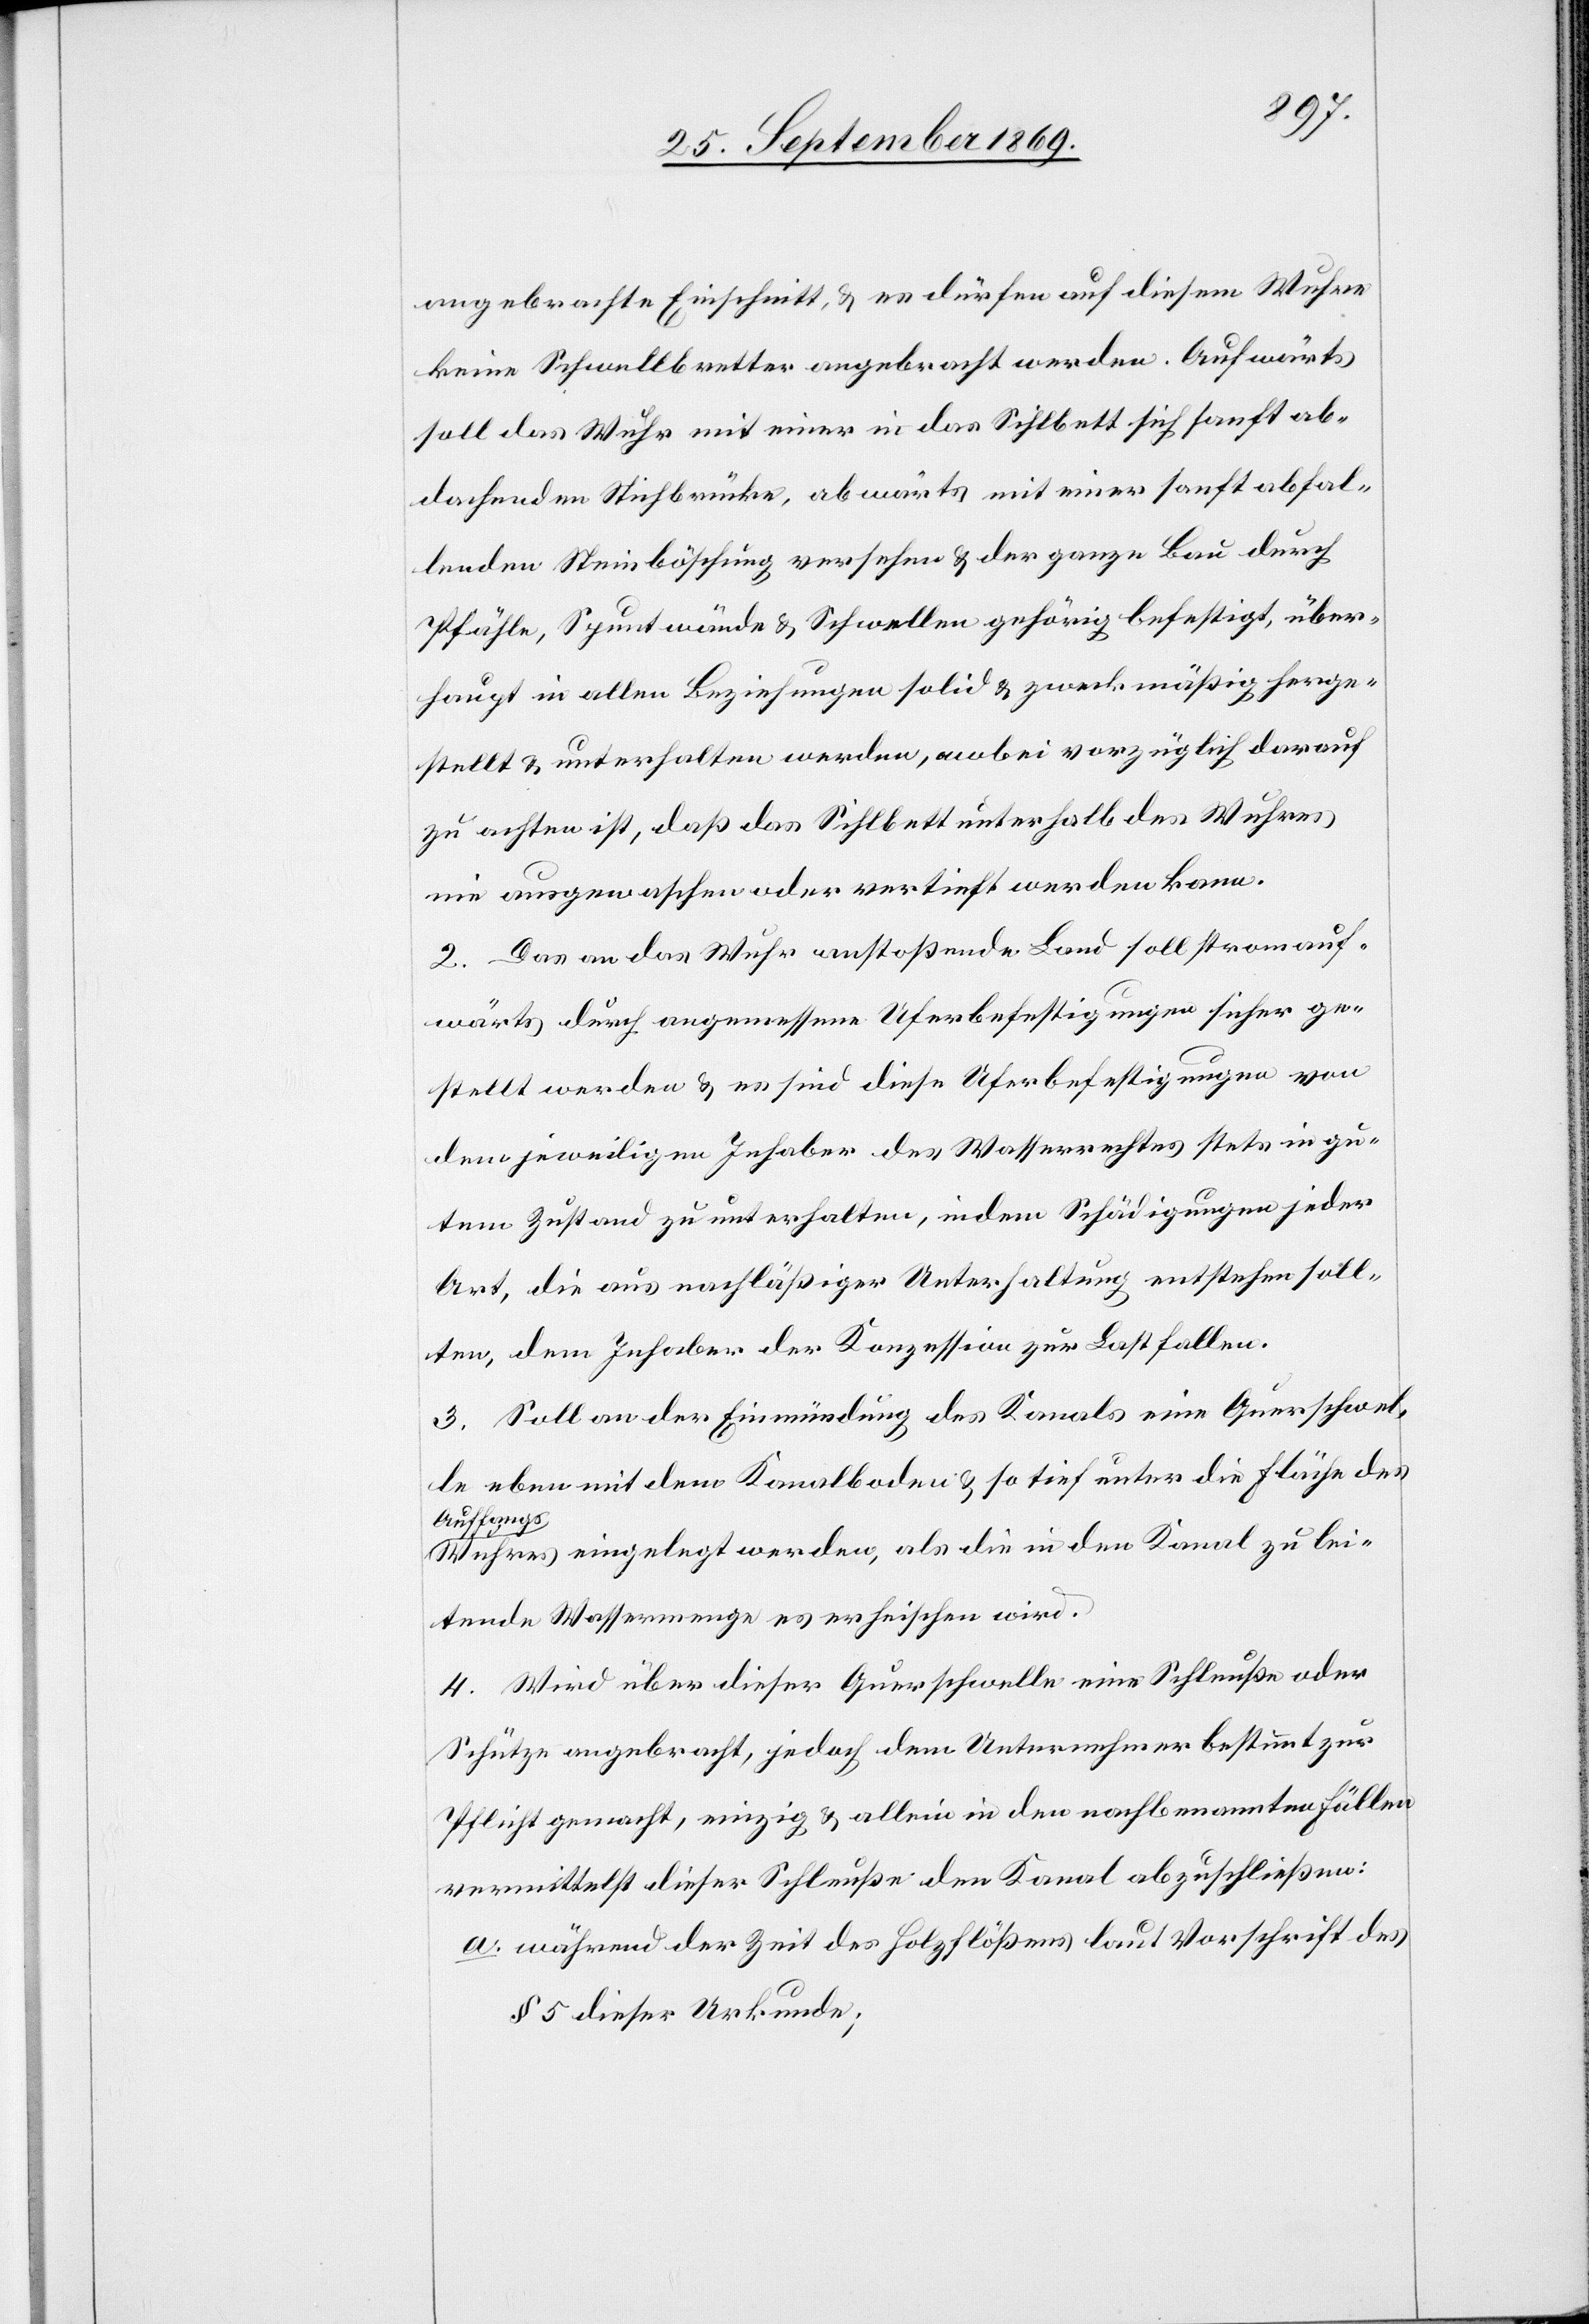
angebrachte Einschnitt, & es dürfen auf diesem Wuhre
keine Schwellbretter angebracht werden. Aufwärts
soll das Wuhr mit einer in das Sihlbett sich sanft ab¬
dachenden Stichbrücke, abwärts mit einer sanft abfal¬
lenden Steinböschung versehen & der ganze Bau durch
Pfähle, Spuntwände & Schwellen gehörig befestigt, über¬
haupt in allen Beziehungen solid & zweckmäßig herge¬
stellt & unterhalten werden, wobei vorzüglich darauf
zu achten ist, daß das Sihlbett unterhalb des Wuhres
nie ausgewaschen oder vertieft werden kann.
2. Das an das Wuhr anstoßende Land soll stromauf¬
wärts durch angemessene Uferbefestigungen sicher ge¬
stellt werden & es sind diese Uferbefestigungen von
dem jeweiligen Inhaber des Wasserrechtes stets in gu¬
tem Zustand zu unterhalten, indem Schädigungen jeder
Art, die aus nachläßiger Unterhaltung entstehen soll¬
ten, dem Inhaber der Konzession zur Last fallen.
3. Soll an der Einmündung des Kanals eine Querschwel¬
le eben mit dem Kanalboden & so tief unter die Fläche des
Auffangs¬
wuhres eingelegt werden, als die in den Kanal zu lei¬
tende Wassermenge es erheischen wird.
4. Wird über dieser Querschwelle eine Schleuße oder
Schütze angebracht, jedoch dem Unternehmer bestimmt zur
Pflicht gemacht, einzig & allein in den nachbenannten Fällen
vermittelst dieser Schleuße den Kanal abzuschließen:
a. während der Zeit des Holzflößens laut Vorschrift des
§ 5 dieser Urkunde;